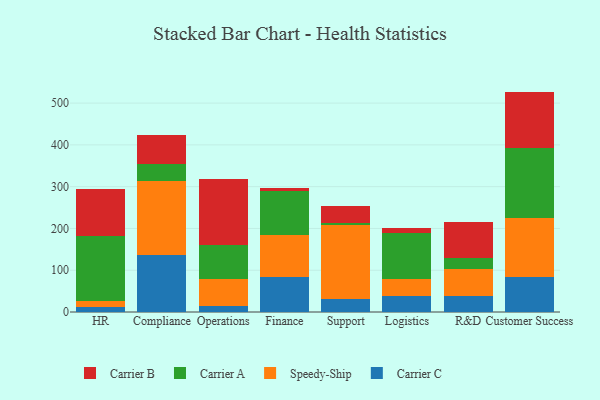
{"axis": {"x": "Department", "y": "Bounce Rate (%)"}, "legend": ["Carrier A", "Carrier B", "Carrier C", "Speedy-Ship"], "data": [{"x": "HR", "y": 12.0, "type": "Carrier C"}, {"x": "HR", "y": 14.5, "type": "Speedy-Ship"}, {"x": "HR", "y": 156.3, "type": "Carrier A"}, {"x": "HR", "y": 111.9, "type": "Carrier B"}, {"x": "Compliance", "y": 137.2, "type": "Carrier C"}, {"x": "Compliance", "y": 176.1, "type": "Speedy-Ship"}, {"x": "Compliance", "y": 40.2, "type": "Carrier A"}, {"x": "Compliance", "y": 69.4, "type": "Carrier B"}, {"x": "Operations", "y": 13.8, "type": "Carrier C"}, {"x": "Operations", "y": 64.5, "type": "Speedy-Ship"}, {"x": "Operations", "y": 83.1, "type": "Carrier A"}, {"x": "Operations", "y": 157.5, "type": "Carrier B"}, {"x": "Finance", "y": 84.8, "type": "Carrier C"}, {"x": "Finance", "y": 98.5, "type": "Speedy-Ship"}, {"x": "Finance", "y": 105.8, "type": "Carrier A"}, {"x": "Finance", "y": 8.6, "type": "Carrier B"}, {"x": "Support", "y": 31.3, "type": "Carrier C"}, {"x": "Support", "y": 176.4, "type": "Speedy-Ship"}, {"x": "Support", "y": 5.6, "type": "Carrier A"}, {"x": "Support", "y": 41.3, "type": "Carrier B"}, {"x": "Logistics", "y": 39.0, "type": "Carrier C"}, {"x": "Logistics", "y": 40.7, "type": "Speedy-Ship"}, {"x": "Logistics", "y": 110.5, "type": "Carrier A"}, {"x": "Logistics", "y": 11.0, "type": "Carrier B"}, {"x": "R&D", "y": 37.6, "type": "Carrier C"}, {"x": "R&D", "y": 65.1, "type": "Speedy-Ship"}, {"x": "R&D", "y": 25.5, "type": "Carrier A"}, {"x": "R&D", "y": 86.4, "type": "Carrier B"}, {"x": "Customer Success", "y": 83.9, "type": "Carrier C"}, {"x": "Customer Success", "y": 141.7, "type": "Speedy-Ship"}, {"x": "Customer Success", "y": 167.1, "type": "Carrier A"}, {"x": "Customer Success", "y": 134.8, "type": "Carrier B"}]}